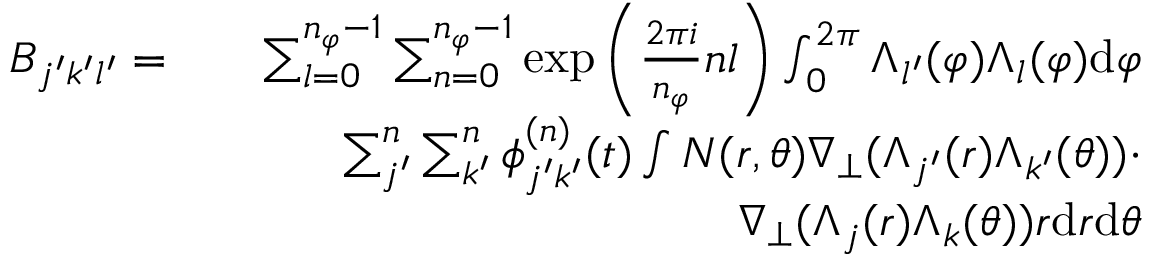
\begin{array} { r l r } { B _ { j ^ { \prime } k ^ { \prime } l ^ { \prime } } = } & { } & { \sum _ { l = 0 } ^ { n _ { \varphi } - 1 } \sum _ { n = 0 } ^ { n _ { \varphi } - 1 } \exp { \left( \frac { 2 \pi i } { n _ { \varphi } } n l \right) } \int _ { 0 } ^ { 2 \pi } \Lambda _ { l ^ { \prime } } ( \varphi ) \Lambda _ { l } ( \varphi ) \mathrm { d } \varphi } \\ & { } & { \sum _ { j ^ { \prime } } ^ { n } \sum _ { k ^ { \prime } } ^ { n } \phi _ { j ^ { \prime } k ^ { \prime } } ^ { ( n ) } ( t ) \int N ( r , \theta ) \nabla _ { \perp } ( \Lambda _ { j ^ { \prime } } ( r ) \Lambda _ { k ^ { \prime } } ( \theta ) ) \cdot } \\ & { } & { \nabla _ { \perp } ( \Lambda _ { j } ( r ) \Lambda _ { k } ( \theta ) ) r \mathrm { d } r \mathrm { d } \theta } \end{array}